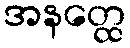
အနတ္ထေ